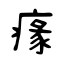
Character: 𤸁